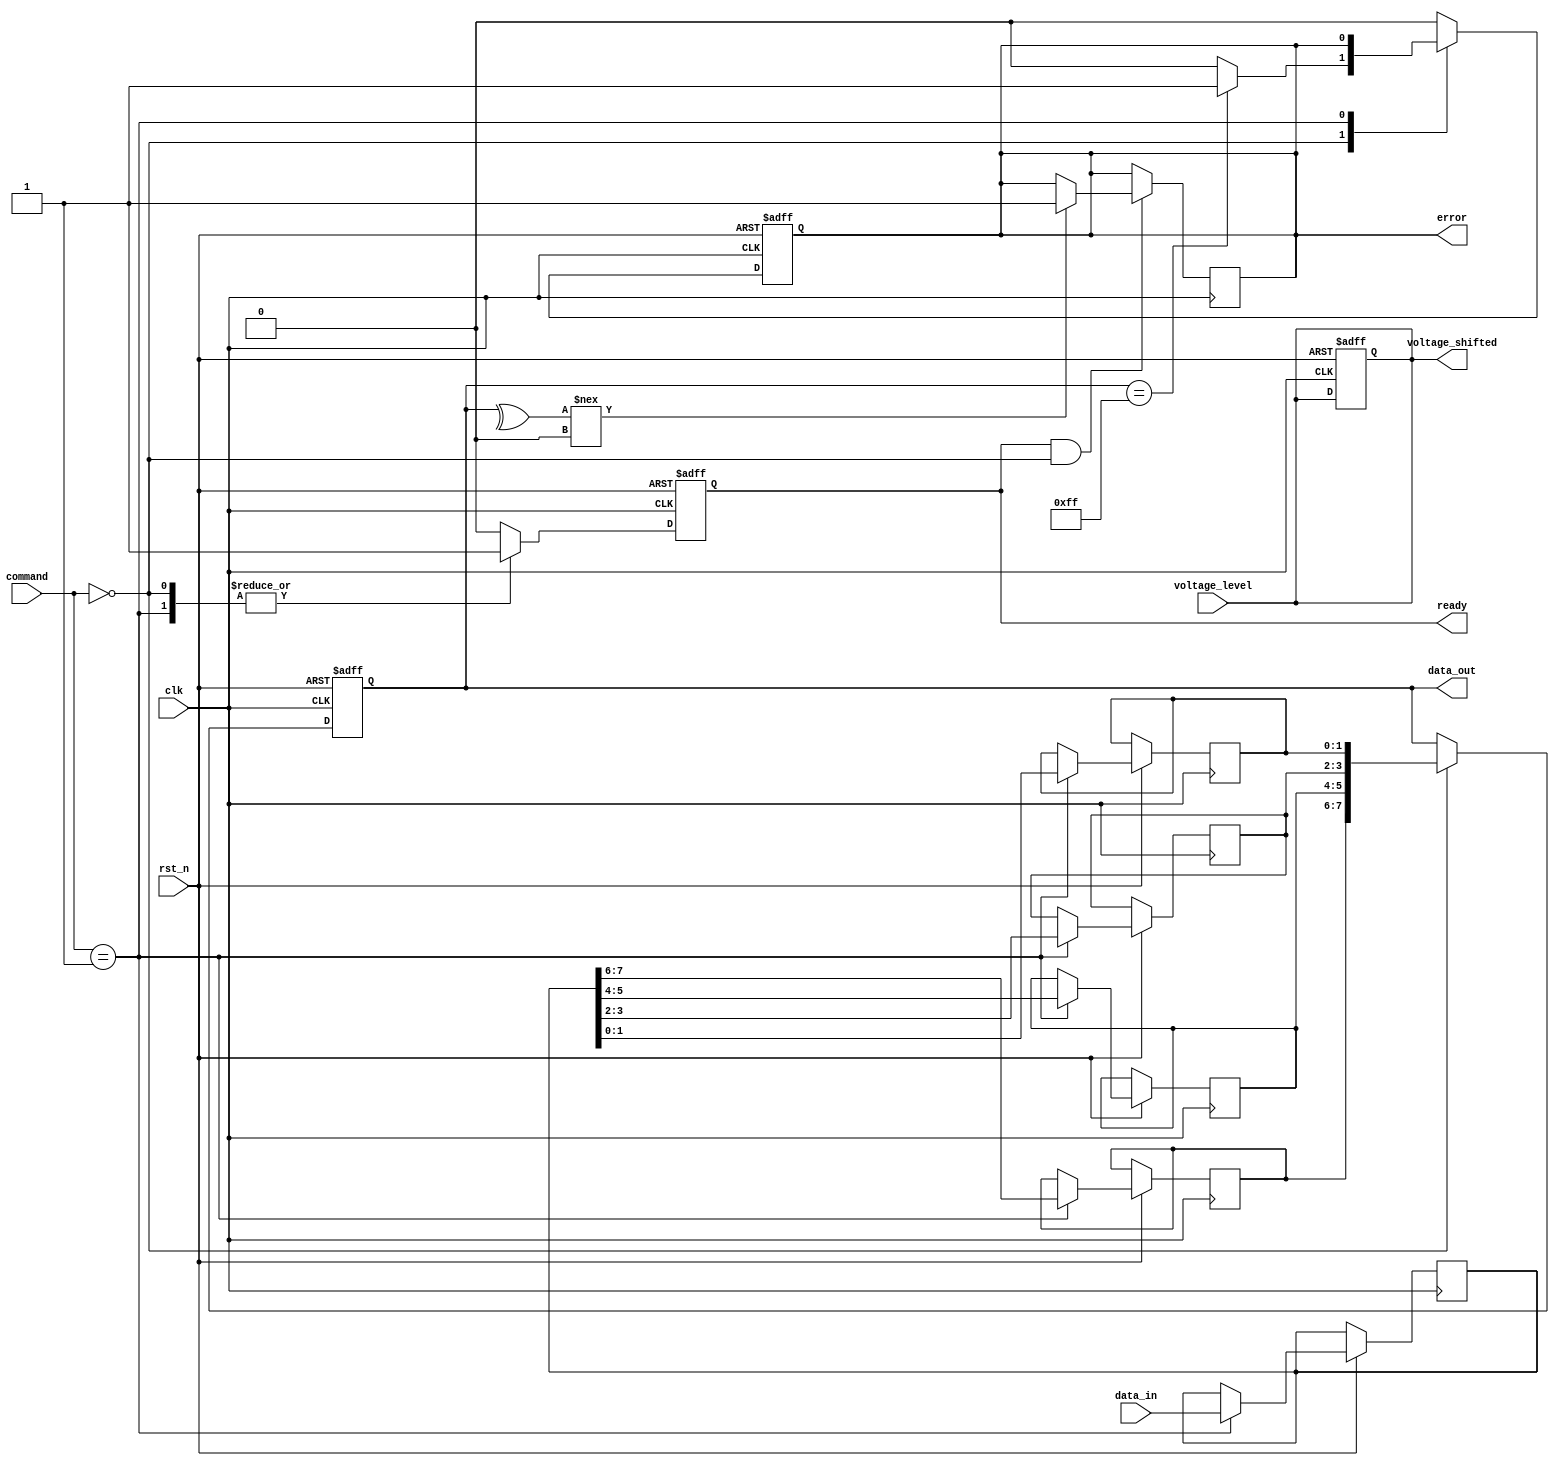
module MLC_NAND_IO_Block (
    input wire clk,                             // Clock signal
    input wire rst_n,                           // Active-low reset
    input wire [1:0] command,                   // Command input (e.g., read, write)
    input wire [7:0] data_in,                   // Data input for write operations
    output reg [7:0] data_out,                  // Data output for read operations
    output reg ready,                           // Ready signal for data transfer
    output reg error,                           // Error signal
    input wire voltage_level,                   // Voltage level input for MLC
    output reg voltage_shifted                  // Voltage level output to I/O pads
);

// Parameter definitions
parameter READ_CMD = 2'b00;
parameter WRITE_CMD = 2'b01;

// Internal signals
reg [7:0] data_latch [0:3];                   // Data latches (4 latches for 2 bits/cell)
reg [1:0] sense_amp [0:3];                    // Sense amplifiers (2 bits per latch)
reg [7:0] data_buffer;                        // Data buffer for read/write operations

// Control Logic
always @(posedge clk or negedge rst_n) begin
    if (!rst_n) begin
        ready <= 0;
        error <= 0;
        data_out <= 8'b0;
        voltage_shifted <= 0;
    end else begin
        case (command)
            READ_CMD: begin
                // Read operation
                data_out <= {sense_amp[3], sense_amp[2], sense_amp[1], sense_amp[0]};
                ready <= 1;
                // Check for errors (simplified example)
                if (data_out[7:0] == 8'b11111111) begin
                    error <= 1; // Example error condition
                end else begin
                    error <= 0;
                end
            end
            WRITE_CMD: begin
                // Write operation
                data_latch[0] <= data_in[7:0]; // Example for 2 bits per cell
                // Sense amplifiers would be updated here based on the latch values
                sense_amp[0] <= data_latch[0][1:0]; // Example mapping
                sense_amp[1] <= data_latch[0][3:2]; // Example mapping
                sense_amp[2] <= data_latch[0][5:4]; // Example mapping
                sense_amp[3] <= data_latch[0][7:6]; // Example mapping
                ready <= 1;
            end
            default: begin
                ready <= 0;
                error <= 0;
            end
        endcase
    end
end

// Voltage Level Shifting Logic
always @(voltage_level) begin
    // Example voltage level shifting logic
    voltage_shifted <= voltage_level; // Direct mapping for example
end

// Error Correction Code (ECC) placeholder
// This would typically involve more complex logic based on the ECC algorithm
// Here, we assume a simple parity check for illustration
always @(posedge clk) begin
    if (ready && command == READ_CMD) begin
        // Simplified error detection logic
        if (^data_out[7:0] !== 1'b0) begin
            error <= 1; // Example error condition based on parity
        end
    end
end

endmodule